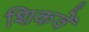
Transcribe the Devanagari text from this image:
शिकवें